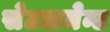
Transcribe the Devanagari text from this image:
सेटलमेन्ट